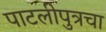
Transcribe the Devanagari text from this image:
पाटलीपुत्रचा